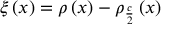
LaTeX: \xi \left( x \right) = \rho \left( x \right) - \rho _ { \frac { c } { 2 } } \left( x \right)